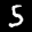
Label: 5